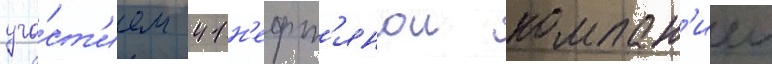
уча́ст'ием 41 н'ефт'янои компан'иеи